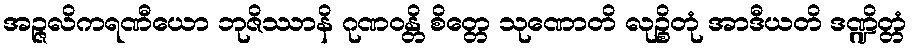
အဉ္ဇလိကရဏီယော ဘုဇိဿာနိ ဂုဏဝန္တိ စိတ္တေ သုဏောတိ လုဉ္စိတုံ အာဒီယတိ ဒဏ္ဍိတ္တံ